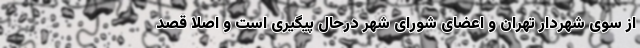
از سوی شهردار تهران و اعضای شورای شهر درحال پیگیری است و اصلاً قصد